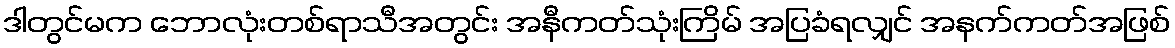
ဒါတွင်မက ဘောလုံးတစ်ရာသီအတွင်း အနီကတ်သုံးကြိမ် အပြခံရလျှင် အနက်ကတ်အဖြစ်